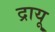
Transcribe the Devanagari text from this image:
द्रायू